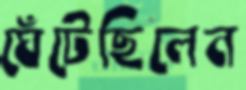
ঘেঁটেছিলেন